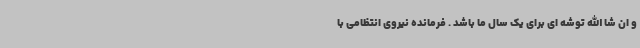
و ان شا الله توشه ای برای یک سال ما باشد . فرمانده نیروی انتظامی با